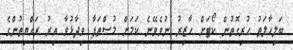
ބަލިހާލަތު ހުރިގޮތުން ކޯޓަށް ހާޒިރު ނުވެވޭނެ ކަމަށް މުސްތަފާ ވިދާޅުވާ އިރު ރައްޔިތުންގެ